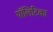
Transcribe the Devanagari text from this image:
पॉलिटिका